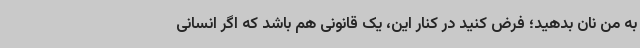
به من نان بدهید؛ فرض کنید در کنار این، یک قانونی هم باشد که اگر انسانی